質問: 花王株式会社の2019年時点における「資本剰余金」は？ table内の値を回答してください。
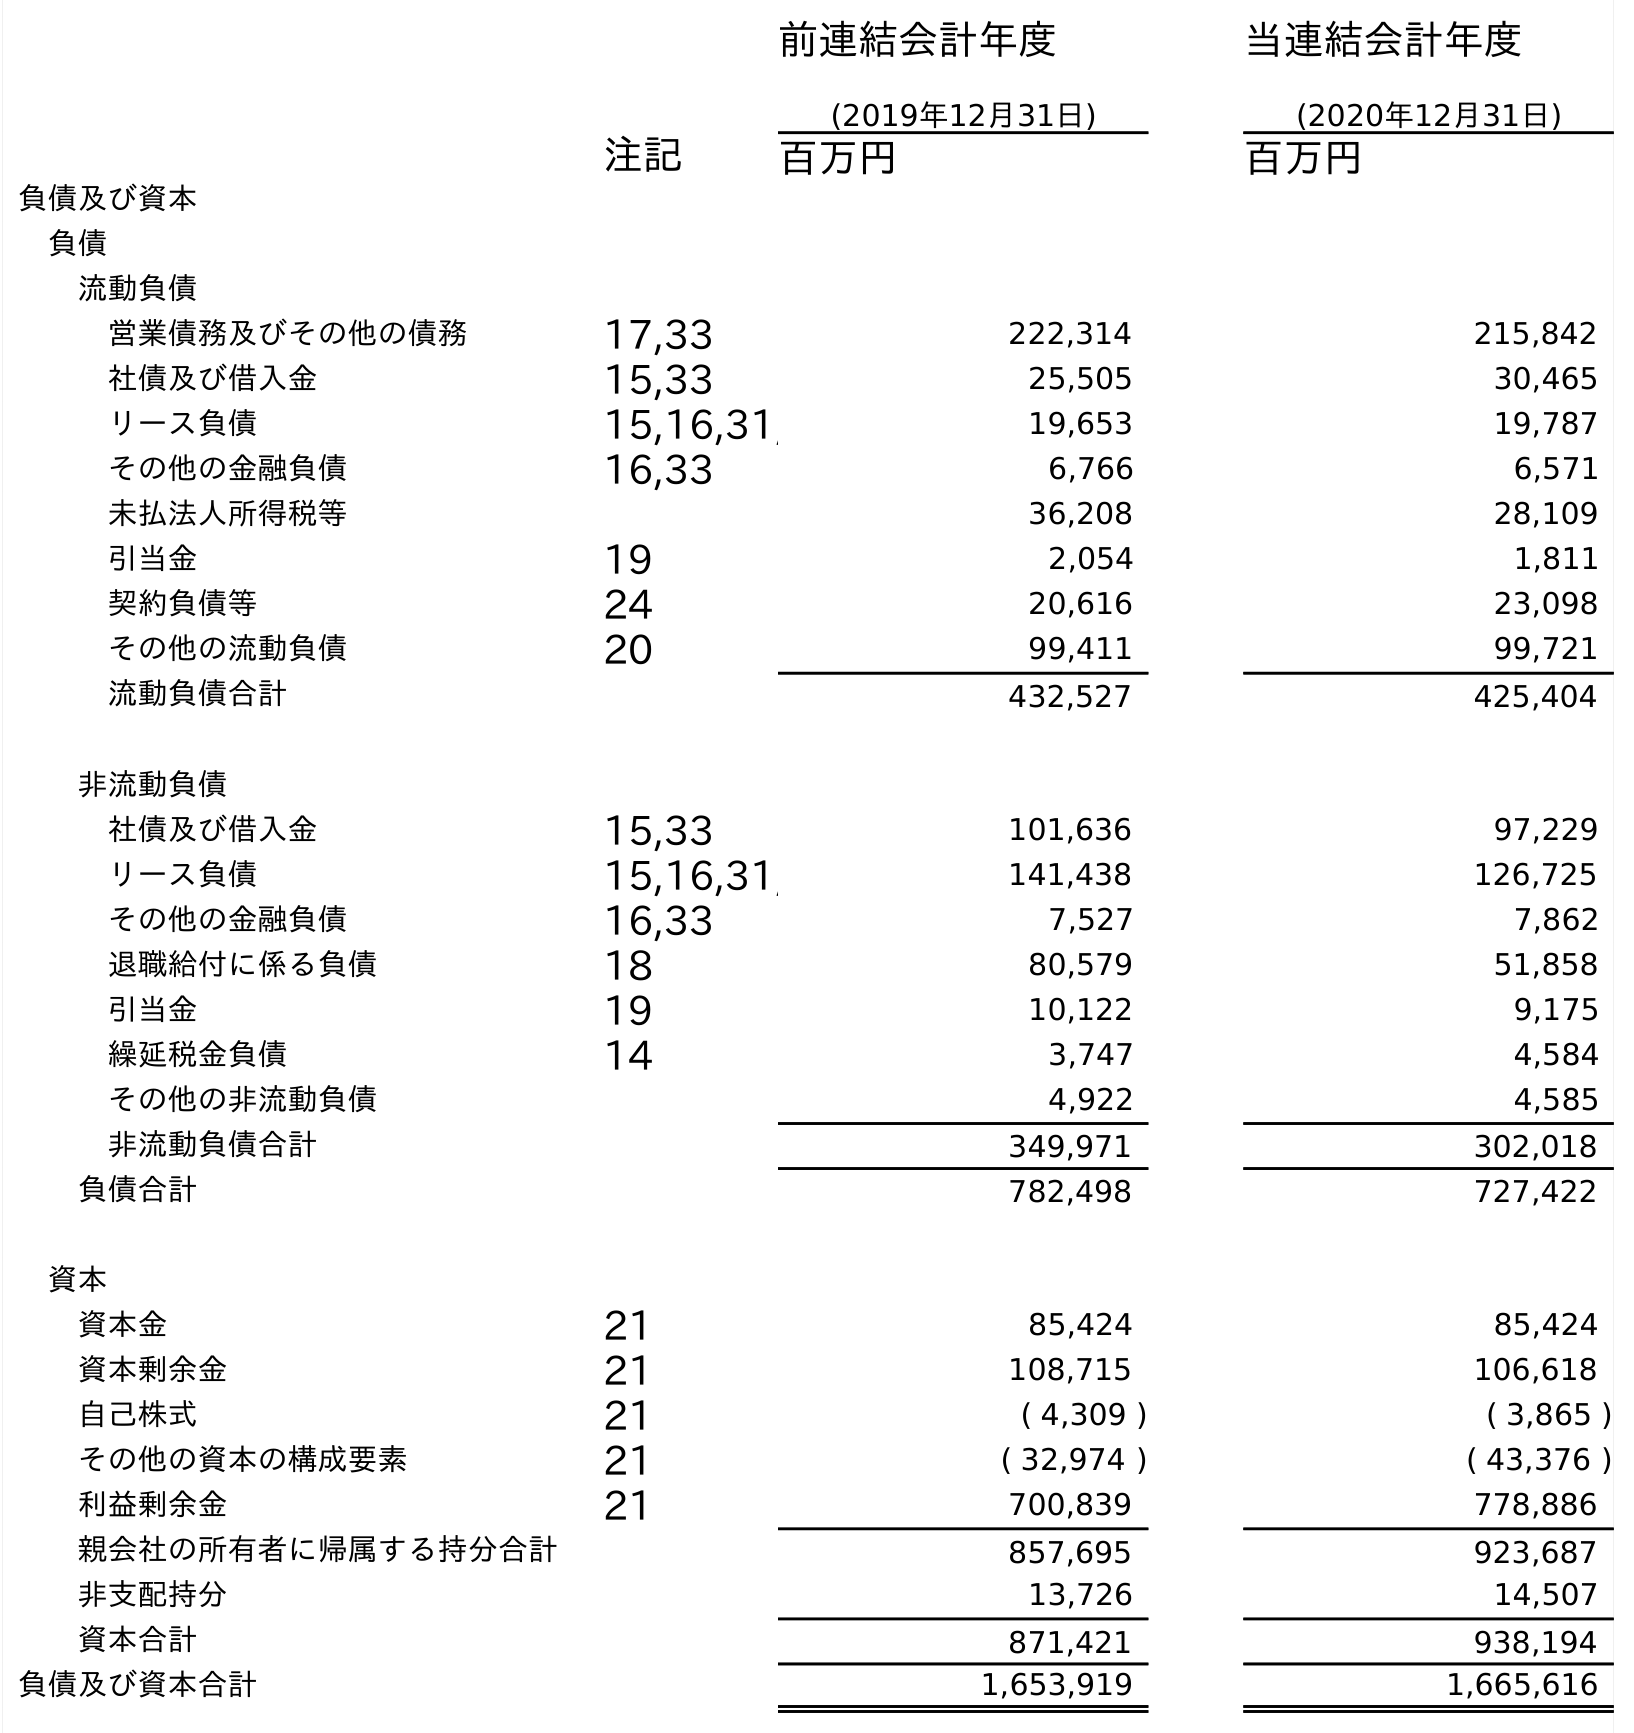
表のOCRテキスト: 前連結会計年度 (2019年12月31日) 当連結会計年度 (2020年12月31日) 注記 百万円 百万円 負債及び資本 負債 流動負債 営業債務及びその他の債務 17,33 222,314 215,842 社債及び借入金 15,33 25,505 30,465 リース負債 15,16,31, 19,653 19,787 その他の金融負債 16,33 6,766 6,571 未払法人所得税等 36,208 28,109 引当金 19 2,054 1,811 契約負債等 24 20,616 23,098 その他の流動負債 20 99,411 99,721 流動負債合計 432,527 425,404 非流動負債 社債及び借入金 15,33 101,636 97,229 リース負債 15,16,31, 141,438 126,725 その他の金融負債 16,33 7,527 7,862 退職給付に係る負債 18 80,579 51,858 引当金 19 10,122 9,175 繰延税金負債 14 3,747 4,584 その他の非流動負債 4,922 4,585 非流動負債合計 349,971 302,018 負債合計 782,498 727,422 資本 資本金 21 85,424 85,424 資本剰余金 21 108,715 106,618 自己株式 21 ( 4,309 ) ( 3,865 ) その他の資本の構成要素 21 ( 32,974 ) ( 43,376 ) 利益剰余金 21 700,839 778,886 親会社の所有者に帰属する持分合計 857,695 923,687 非支配持分 13,726 14,507 資本合計 871,421 938,194 負債及び資本合計 1,653,919 1,665,616
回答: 108,715